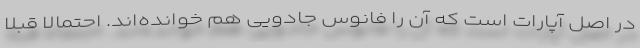
در اصل آپارات است که آن را فانوس جادویی هم خوانده‌اند. احتمالا قبلا